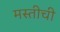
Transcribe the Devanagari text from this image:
मस्तीची